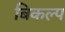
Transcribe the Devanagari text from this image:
बिकल्प